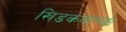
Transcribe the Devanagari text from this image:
खिडकयांच्या